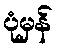
ပုံမှန်